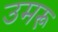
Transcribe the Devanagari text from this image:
उमरू